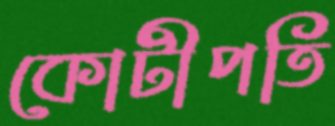
কোটীপতি